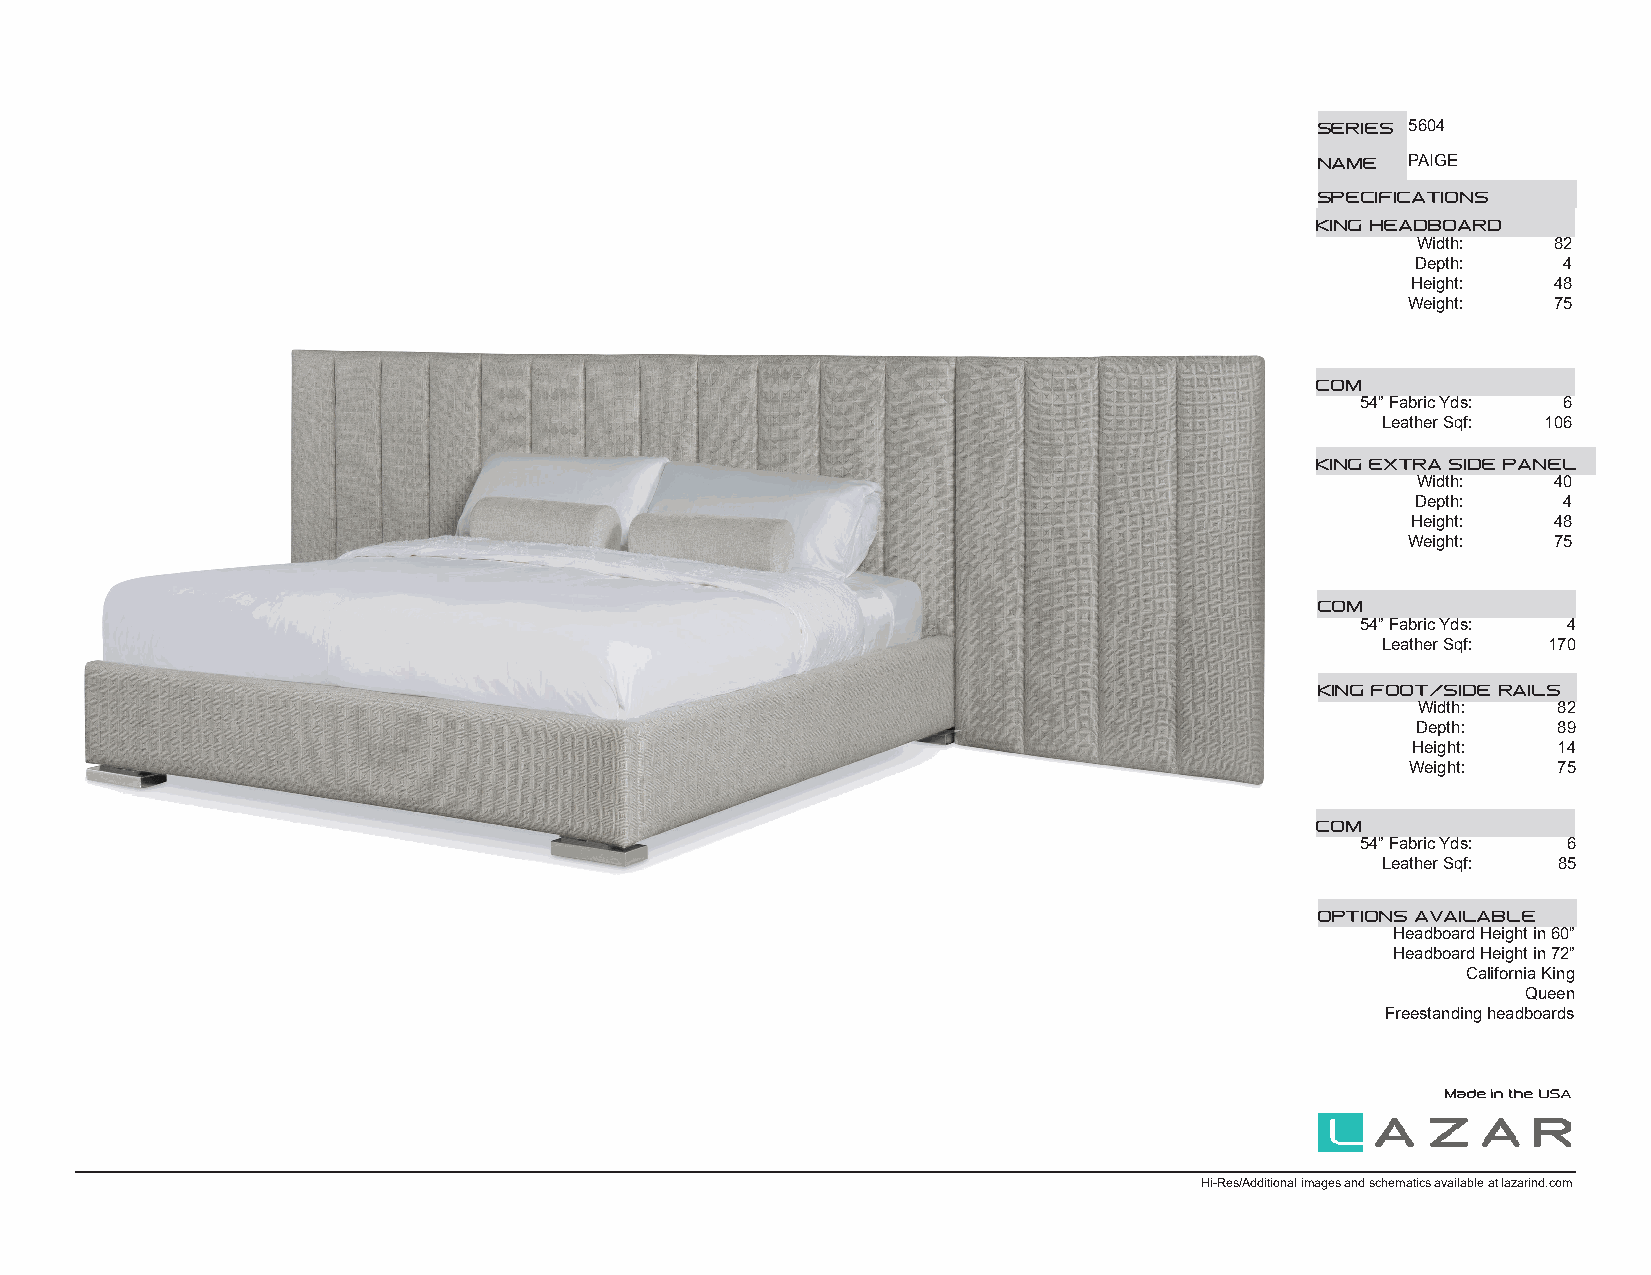
SERIES 5604
 NAME  PAIGE
 SPECIFICATIONS
 KING HEADBOARD
 Width:   82
 Depth:   4
 Height:   48
 Weight:   75
 COM
 54” Fabric Yds: 6
 Leather Sqf: 106
 KING EXTRA SIDE PANEL
 Width:   40
 Depth:   4
 Height:   48
 Weight:   75
 COM
 54” Fabric Yds: 4
 Leather Sqf: 170
 KING FOOT/SIDE RAILS
 Width:   82
 Depth:   89
 Height:   14
 Weight:   75
 COM
 54” Fabric Yds: 6
 Leather Sqf: 85
 OPTIONS AVAILABLE
 Headboard Height in 60”
 Headboard Height in 72”
 California King
 Queen
 Freestanding headboards
 Made in the USA
 Hi-Res/Additional images and schematics available at lazarind.com